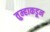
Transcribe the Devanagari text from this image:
तुम्हाकडून